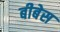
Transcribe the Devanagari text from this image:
बीबेस